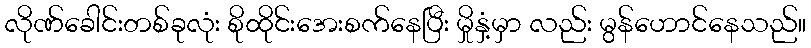
လိုဏ်ခေါင်းတစ်ခုလုံး စိုထိုင်းအေးစက်နေပြီး မှိုနှံ့မှာ လည်း မွန်ဟောင်နေသည်။